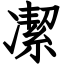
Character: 㓗